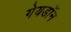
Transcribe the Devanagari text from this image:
गेयडॉन